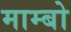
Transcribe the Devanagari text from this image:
माम्बो